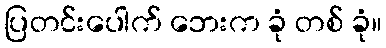
ပြတင်းပေါက် ဘေးက ခုံ တစ် ခုံ။